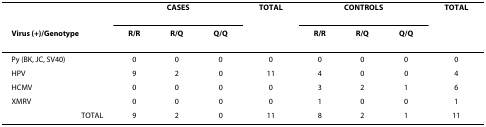
|  | <COLSPAN=3> CASES | TOTAL | <COLSPAN=3> CONTROLS | TOTAL |
 | Virus (+)/Genotype | R/R | R/Q | Q/Q |  | R/R | R/Q | Q/Q |  |
 | --- | --- | --- | --- | --- | --- | --- | --- | --- |
 | Py (BK, JC, SV40) | 0 | 0 | 0 | 0 | 0 | 0 | 0 | 0 |
 | HPV | 9 | 2 | 0 | 11 | 4 | 0 | 0 | 4 |
 | HCMV | 0 | 0 | 0 | 0 | 3 | 2 | 1 | 6 |
 | XMRV | 0 | 0 | 0 | 0 | 1 | 0 | 0 | 1 |
 | TOTAL | 9 | 2 | 0 | 11 | 8 | 2 | 1 | 11 |